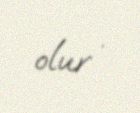
olur .